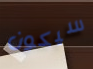
سيكون